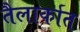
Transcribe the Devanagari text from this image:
तैलार्कात